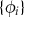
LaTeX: \{ \phi _ { i } \}